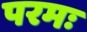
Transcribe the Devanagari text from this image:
परमः